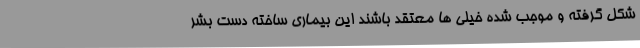
شکل گرفته و موجب شده خیلی ها معتقد باشند این بیماری ساخته دست بشر